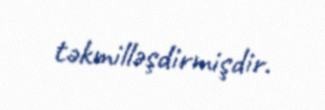
təkmilləşdirmişdir.